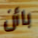
باأن